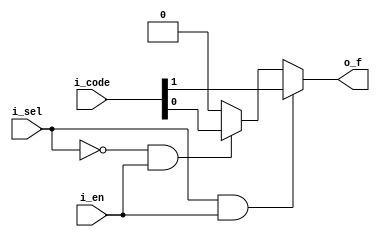
// -- python C:\Users\Brandon\Documents\Personal_Projects\my_utils\modelsim_utils\auto_run.py -d run_cmd__MUX_8_1_v.do


//  Behavior Model
module MUX_2_1_v
  (
  input        i_en,
  input  [1:0] i_code,
  input        i_sel, 
  output       o_f);
  

  assign o_f =  i_sel & i_en ? i_code[1] :
               ~i_sel & i_en ? i_code[0] : 0;  
endmodule